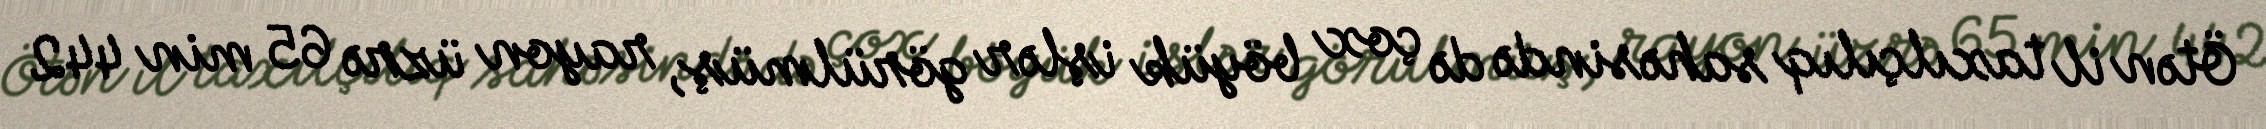
Ötən il taxılçılıq sahəsində də çox böyük işlər görülmüş, rayon üzrə 65 min 442